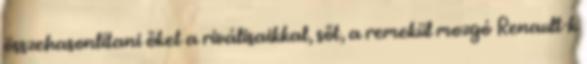
összehasonlítani őket a riválisaikkal, sőt, a remekül mozgó Renault-k